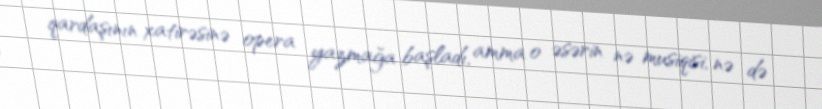
qardaşının xatirəsinə opera yazmağa başladı, amma o əsərin nə musiqisi, nə də